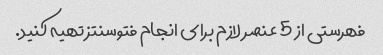
فهرستی از 5 عنصر لازم برای انجام فتوسنتز تهیه کنید.